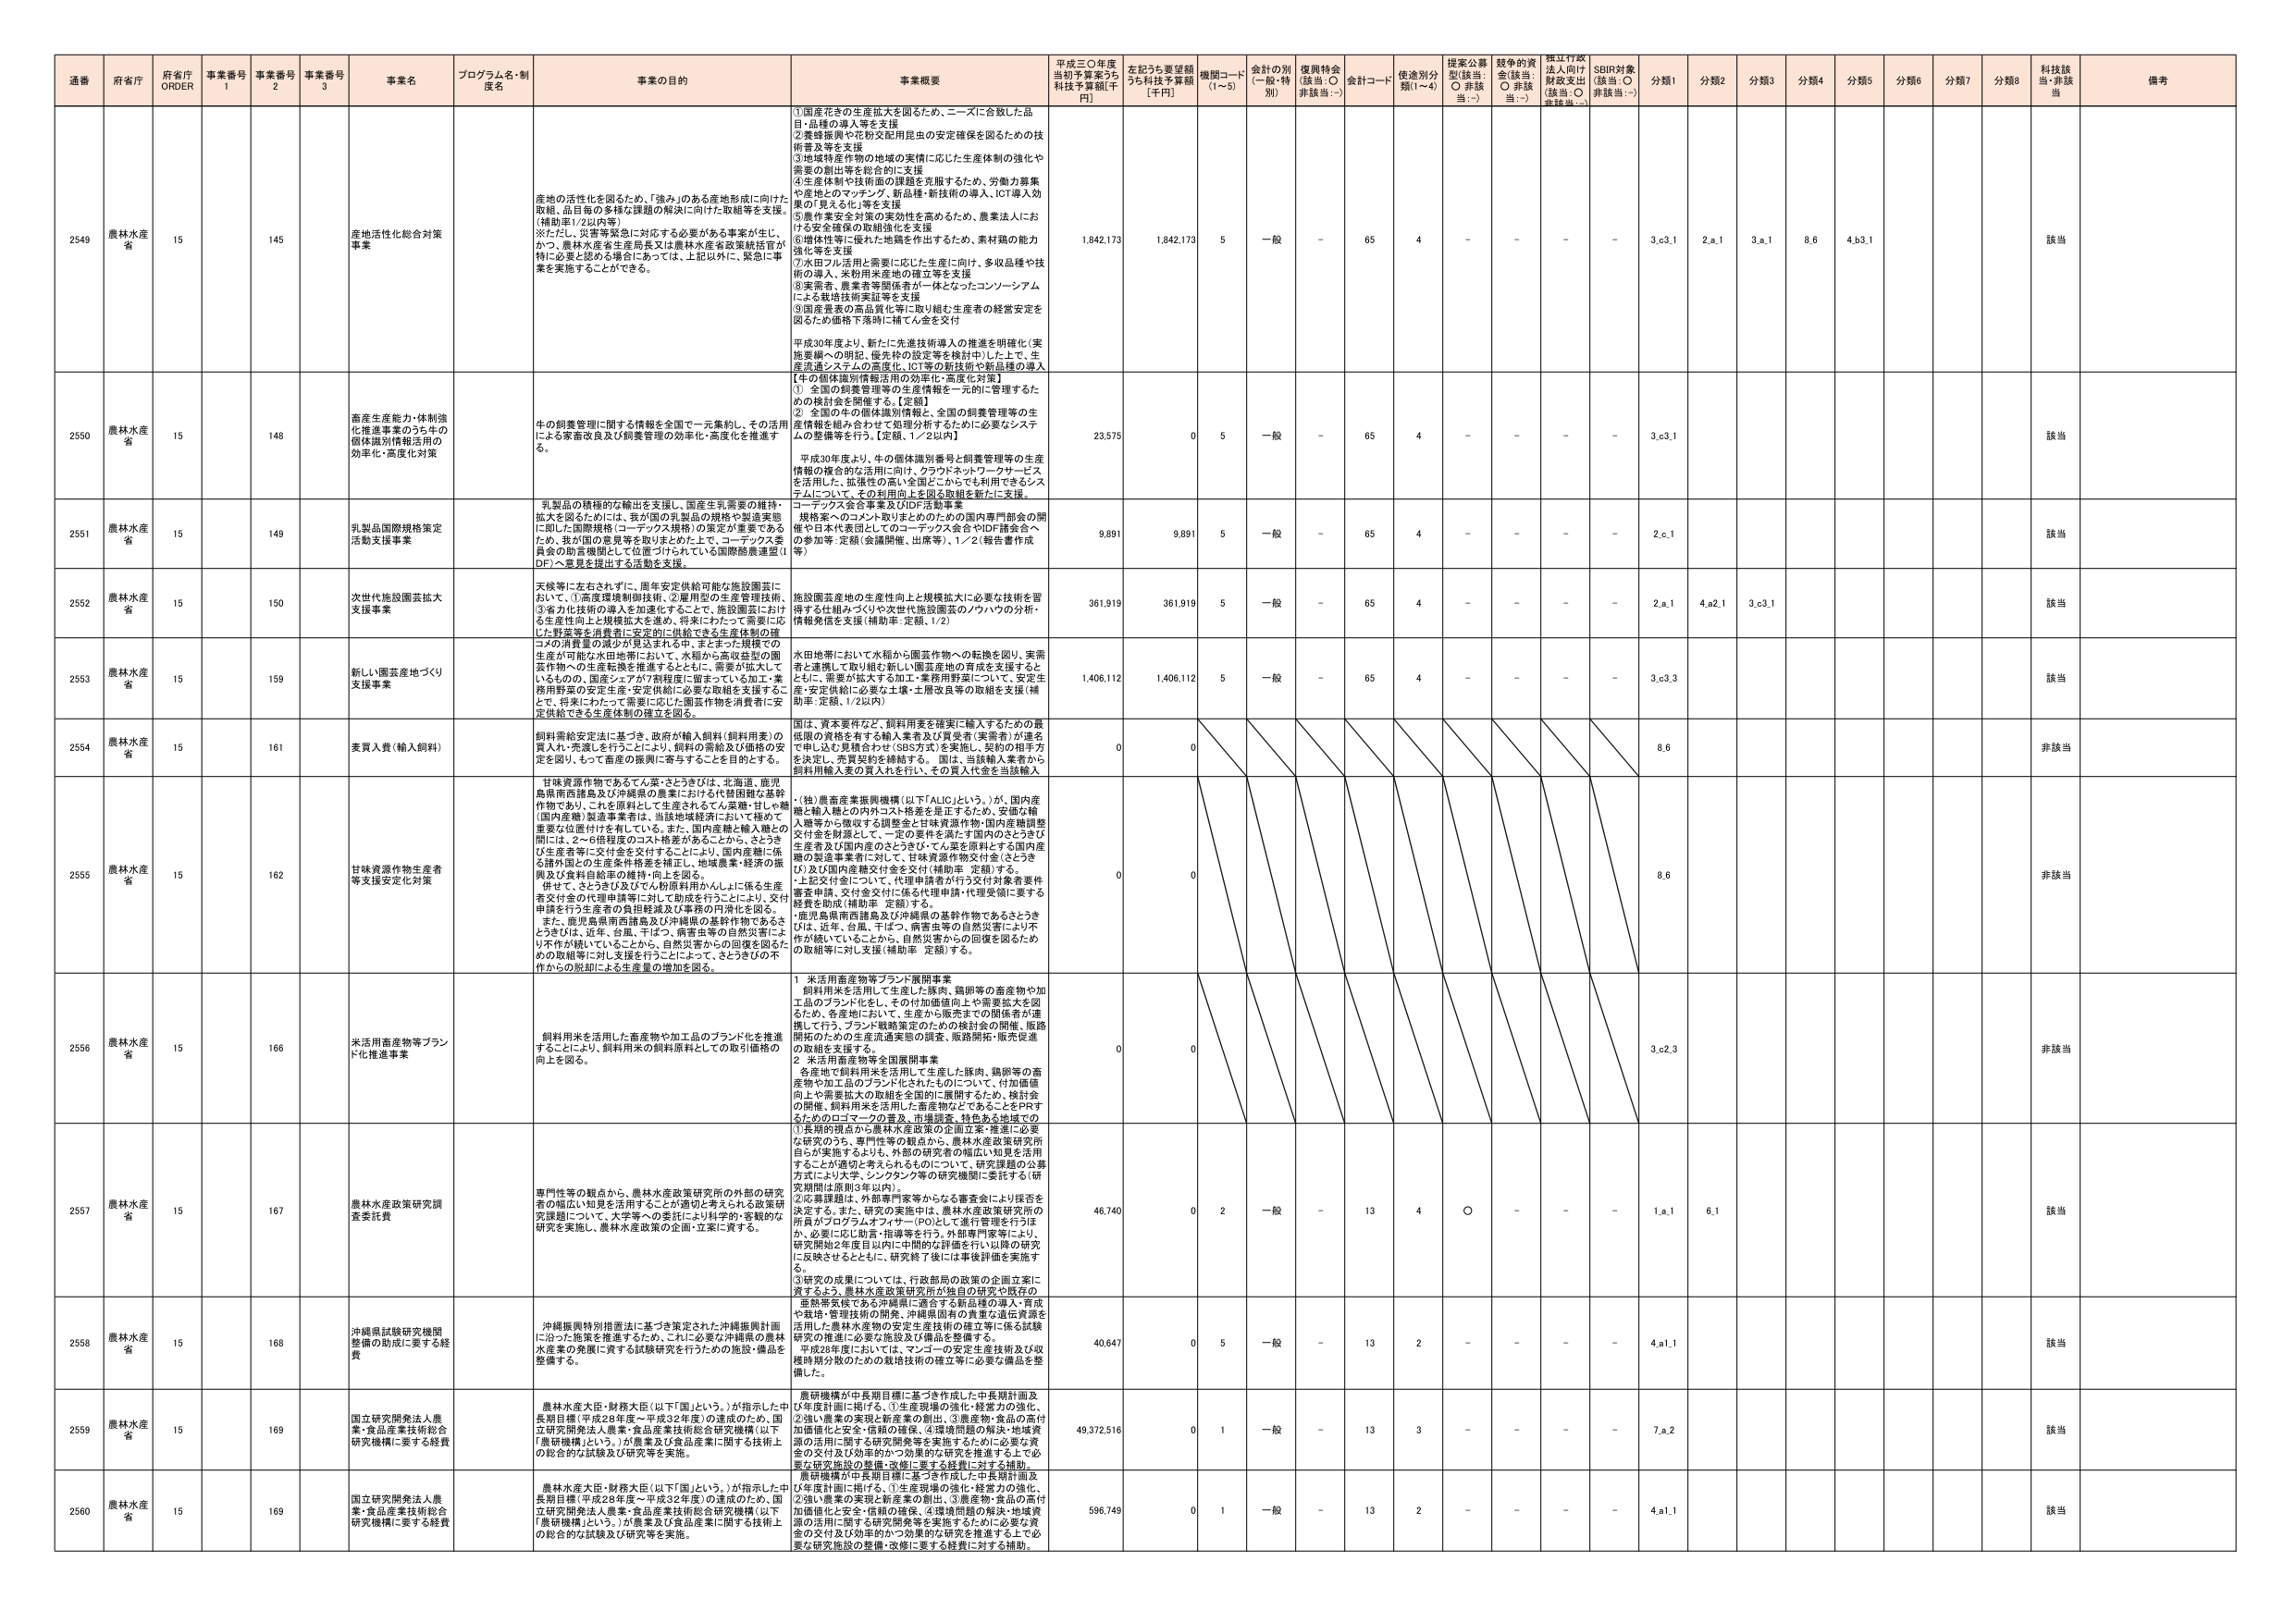
通番 府省庁 府省庁 ORDER 事業番号 1 事業番号 2 事業番号 3 事業名 プログラム名・制度名 事業の目的 事業概要 平成三〇年度当初予算案うち 科技予算額[千円] 左記うち要望額うち科技予算額[千円] 機関コード(1~5) 金計の別(一般・特別) 復興特会(該当:○ 非該当:－) 会計コード 使途別分類(1~4) 提案公募型(該当:○ 非該当:－) 競争的資金(該当:○ 非該当:－) 指定行政法人向け財政支出(該当:○ 非該当:－) SDBR対象(該当:○ 非該当:－) 分類1 分類2 分類3 分類4 分類5 分類6 分類7 分類8 科技該当・非該当 備考

2549 農林水産省 15 145 産地活性化総合対策事業 産地の活性化を図るため、「強み」のある産地形成に向けた取組、品目毎の多様な課題の解決に向けた取組等を支援。(補助率1/2以内等) ※ただし、災害等緊急に対応する必要がある事業が生じ、かつ、農林水産省生産局長又は農林水産省政策統括官が特に必要と認める場合にあっては、上記以外に、緊急に事業を実施することができる。 ①国産花きの生産拡大を図るため、ニーズに合致した品目・品種の導入等を支援 ②養蜂振興や花粉交配用昆虫の安定確保を図るための技術普及等を支援 ③地域特産作物の地域の実情に応じた生産体制の強化や需要の創出等を総合的に支援 ④生産体制や技術面の課題を克服するため、労働力募集や産地とのマッチング、新品种・新技術の導入、ICT導入効果の見える化等を支援 ⑤農作業安全対策の実効性を高めるため、農業法人における安全確保の取組強化を支援 ⑥増体性等に優れた地場品を作出するため、素材種の能力強化等を支援 ⑦水田ブレミア生産に応じた生産に向け、多収品種や技術の導入、米粉用米産地の確立等を支援 ⑧実需者、農業者等関係者が一体となったコンソーシアムによる栽培技術実証等を支援 ⑨国産農業の高品質化等に取り組む生産者の経営安定を図るため価格下落時に補てん金を交付 平成30年度より、新たに先進技術導入の推進を明確化(実施要綱への明記、優先枠の設定等を検討中)した上で、生産流通システムの高度化、ICT等の新技術や新品種の導入【牛の個体識別情報活用の効率化・高度化対策】 ① 全国の飼養管理等の生産情報を一元的に管理するための検討会を開催する。【定額】 ② 全国の牛の個体識別情報と、全国の飼養管理等の生産情報を組み合わせて処理分析するために必要なシステムの整備等を行う。【定額、1／2以内】 平成30年度より、牛の個体識別番号と飼養管理等の生産情報の複合的な活用に向け、クラウドやネットワークサービスを活用した、拡張性の高い全国どこからでも利用できるシステムについて、その利用向上を図る取組を新たに支援。 1,842,173 1,842,173 5 一般 - 65 4 - - - - 3.c3.1 2.a.1 3.a.1 8.6 4.b3.1 該当

2550 農林水産省 15 148 畜産生産能力・体制強化推進事業のうち牛の個体識別情報活用の効率化・高度化対策 牛の飼養管理に関する情報を全国で一元集約し、その活用による家畜改良及び飼養管理の効率化・高度化を推進する。 1,842,173 1,842,173 5 一般 - 65 4 - - - - 3.c3.1 該当

2551 農林水産省 15 149 乳製品国際規格策定活動支援事業 乳製品の積極的な輸出を支援し、国産生乳需要の維持・拡大を図るためには、我が国の乳製品の規格や製造実態に即した国際規格(コーデックス規格)の策定が重要であるため、我が国の意見等を取りまとめた上で、コーデックス委員会の助言機関として位置づけられている国際酪農連盟(IDF)へ意見を提出する活動を支援。 コーデックス会合事業及びIDF活動事業 規格案へのコメント及びまとめのための国内専門部会の開催や日本代表団としてのコーデックス会合やIDF諸会合への参加等；定額(会議開催、出席等)、1／2(報告書作成等) 9,891 9,891 5 一般 - 65 4 - - - - 2.c.1 該当

2552 農林水産省 15 150 次世代施設園芸拡大支援事業 天候等に左右されずに、周年安定供給可能な施設園芸において、①高度環境制御技術、②雇用型の生産管理技術、③省力化技術の導入を加速化することで、施設園芸における生産性向上と規模拡大を進め、将来にわたって需要に応じた野菜等を消費者に安定的に供給できる生産体制の確立を図る。 施設園芸産地の生産性向上と規模拡大に必要な技術を習得する仕組みづくりや次世代施設園芸のノウハウの分析・情報発信を支援(補助率 定額、1/2) 361,919 361,919 5 一般 - 65 4 - - - - 2.a.1 4.a2.1 3.c3.1 該当

2553 農林水産省 15 159 新しい園芸産地づくり支援事業 コメの消費量の減少が見込まれる中、まとまった規模での生産が可能な水田地帯において、水稲から高収益型の園芸作物への生産転換を推進するとともに、需要が拡大しているものの、国産シェアが7割程度に留まっている加工・業務用野菜の安定生産・安定供給に必要な取組を支援すること、将来にわたって需要に応じた園芸作物を消費者に安定供給できる生産体制の確立を図る。 水田地帯において水稲から園芸作物への転換を図り、実需者と連携して取り組む新しい園芸産地の育成を支援するとともに、需要が拡大する加工・業務用野菜について、安定生産・安定供給に必要な土壌・土壌改良等の取組を支援(補助率 定額、1/2以内) 1,406,112 1,406,112 5 一般 - 65 4 - - - - 3.c3.3 該当

2554 農林水産省 15 161 麦買入費(輸入飼料) 飼料需給安定法に基づき、政府が輸入飼料(飼料用麦)の買入や、売渡しを行うことにより、飼料の需給及び価格の安定を図り、もって畜産の振興に寄与することを目的とする。 国は、須入要件など、飼料用麦を確実に輸入するための最低限の資格を有する輸入業者及び買受者(実需者)が匿名で申し込む見積合わせ(SBS方式)を実施し、契約の相手方を決定し、売買契約を締結する。国は、当該輸入業者から飼料用輸入麦の買入れを行い、その買入れ金を当該輸入 0 0 非該当

2555 農林水産省 15 162 甘味資源作物生産者等支援安定化対策 甘味資源作物であるてん菜・さとうきびは、北海道、鹿児島県南西諸島及び沖縄県の農業における代替困難な基幹作物であり、これを原料として生産されるてん菜糖・甘い糖(国内産糖)製造事業者は、当該地域経済において極めて重要な位置付けを有している。また、国内産糖と輸入糖との間には、2～6倍程度のコスト格差があることから、さとうきび生産者等に交付金を交付することにより、国内産糖に係る諸外国との生産条件格差を補正し、地域農業・経済の振興及び食料自給率の維持・向上を図る。 併せて、さとうきび及びてん粉原料用かんしょに係る生産者交付金の代理申請等に対して助成を行うことにより、交付申請を行う生産者の負担軽減及び事務の円滑化を図る。 また、鹿児島県南西諸島及び沖縄県の基幹作物であるさとうきびは、近年、台風、干ばつ、病害虫等の自然災害により不作が続いていることから、自然災害からの回復を図るための取組等に対し支援を行うことによって、さとうきびの不作からの脱却による生産量の増加を図る。 ・(独)農畜産業振興機構(以下「ALIC」という。)が、国内産糖と輸入糖との内外コスト格差を是正するため、安定供給入糖等から徴収する調整金と甘味資源作物・国内産糖調整交付金を財源として、一定の要件を満たす国内のさとうきび生産者及び国内産のさとうきび・てん菜を原料とする国内産糖の製造事業者に対して、甘味資源作物交付金(さとうきび)及び国内産糖交付金を交付(補助率 定額)する。 ・上記交付金について、代理申請者が行う交付対象者要件審査申請、交付金交付に係る代理申請・代理受領に要する経費を助成(補助率 定額)する。 ・鹿児島県南西諸島及び沖縄県の基幹作物であるさとうきびは、近年、台風、干ばつ、病害虫等の自然災害により不作が続いていることから、自然災害からの回復を図るための取組等に対し支援(補助率 定額)する。 0 0 8.6 非該当

2556 農林水産省 15 166 米活用畜産物等ブランド化推進事業 飼料用米を活用した畜産物や加工品のブランド化を推進することにより、飼料用米の飼料原料としての取引価格の向上を図る。 1 米活用畜産物等ブランド展開事業 飼料用米を活用して生産した豚肉、鶏卵等の畜産物や加工品のブランド化をし、その付加価値向上や需要拡大を図るため、各産地において、生産から販売までの関係者が連携して行う、ブランド戦略策定のための検討会の開催、販路開拓のための生産流通実態の調査、販路開拓・販売促進の取組を支援する。 2 米活用畜産物等全国展開事業 各産地で飼料用米を活用して生産した豚肉、鶏卵等の畜産物や加工品のブランド化されたものについて、付加価値向上や需要拡大の取組を全国的に展開するため、検討会の開催、飼料用米を活用した畜産物などをあることをPRするためのコマーシャルの普及、市場調査、特色ある地域での 0 0 3.c2.3 非該当

2557 農林水産省 15 167 農林水産政策研究調査委託費 専門性等の観点から、農林水産政策研究所の外部の研究者の幅広い知見を活用することが適切と考えられる政策研究課題について、大学等への委託により科学的・客観的な研究を実施し、農林水産政策の企画・立案に資する。 ①長期的視点から農林水産政策の企画立案・推進に必要な研究のうち、専門性等の観点から、農林水産政策研究所自らが実施するよりも、外部の研究者の幅広い知見を活用することが適当と考えられるものについて、研究課題の公募方式により大学、シンクタンク等の研究機関に委託する(研究期間は原則3年以内)。 ②公募課題は、外部専門家等からなる審査会により採否を決定する。また、研究の実施中は、農林水産政策研究所の所員がプロジェクトマネジャー(PM)として進行管理を行うほか、必要に応じ助言・指導等を行う。外部専門家等により、研究開始2年度目以内に中間的な評価を行い以降の研究に反映させるとともに、研究終了後には事後評価を実施する。 ③研究の成果については、行政部局の政策の企画立案に資するよう、農林水産政策研究所が独自の研究や既存の亜熱帯気候である沖縄県に適合する新品種の導入・育成や栽培・管理技術の開発、沖縄県固有の貴重な遺伝資源を活用した農林水産物の安定生産技術の確立等に係る試験研究の推進に必要な施設及び備品を整備する。 46,740 0 2 一般 - 13 4 ○ - - - 1.a.1 6.1 該当

2558 農林水産省 15 168 沖縄県試験研究機関整備の助成に要する経費 沖縄振興特別措置法に基づき策定された沖縄振興計画に沿った施策を推進するため、これに必要な沖縄県の農林水産業の発展に資する試験研究を行うための施設・備品を整備する。 平成28年度においては、マンゴーの安定生産技術及び収穫時期分散のための栽培技術の確立等に必要な備品を整備した。 40,647 0 5 一般 - 13 2 - - - - 4.a1.1 該当

2559 農林水産省 15 169 国立研究開発法人農業・食品産業技術総合研究機構に要する経費 農林水産大臣・財務大臣(以下「国」という。)が指示した中長期目標(平成28年度～平成32年度)の達成のため、国立研究開発法人農業・食品産業技術総合研究機構(以下「農研機構」という。)が農業及び食品産業に関する技術上の総合的な試験及び研究等を実施。 農研機構が中長期目標に基づき作成した中長期計画及び年度計画に掲げる、①生産現場の強化・経営力の強化、②強い農業の実現と新産業の創出、③農産物・食品の高付加価値化と安全・信頼の確保・地域資源の活用に関する研究開発等を実施するために必要な資金の交付及び効率的かつ効果的な研究を推進する上で必要な研究施設の整備・改修に要する経費に対する補助。 49,372,516 0 1 一般 - 13 3 - - - - 7.a.2 該当

2560 農林水産省 15 169 国立研究開発法人農業・食品産業技術総合研究機構に要する経費 農林水産大臣・財務大臣(以下「国」という。)が指示した中長期目標(平成28年度～平成32年度)の達成のため、国立研究開発法人農業・食品産業技術総合研究機構(以下「農研機構」という。)が農業及び食品産業に関する技術上の総合的な試験及び研究等を実施。 農研機構が中長期目標に基づき作成した中長期計画及び年度計画に掲げる、①生産現場の強化・経営力の強化、②強い農業の実現と新産業の創出、③農産物・食品の高付加価値化と安全・信頼の確保、④環境問題の解決・地域資源の活用に関する研究開発等を実施するために必要な資金の交付及び効率的かつ効果的な研究を推進する上で必要な研究施設の整備・改修に要する経費に対する補助。 596,749 0 1 一般 - 13 2 - - - - 4.a1.1 該当